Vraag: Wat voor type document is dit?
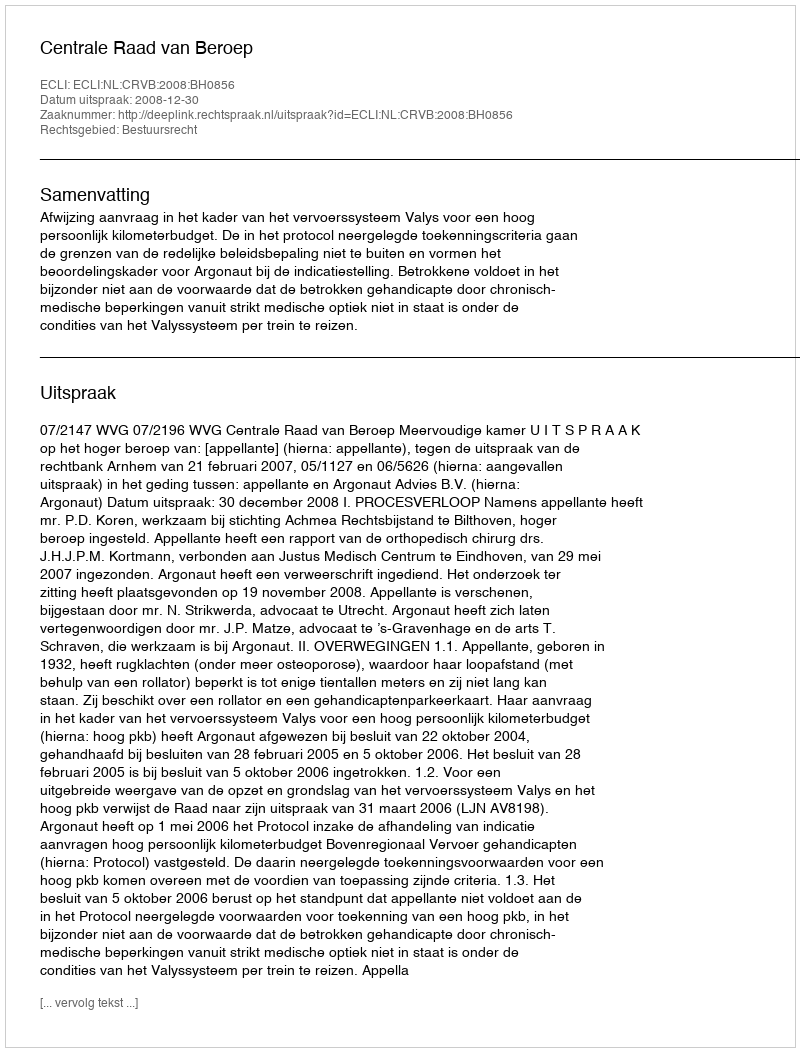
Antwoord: Uitspraak